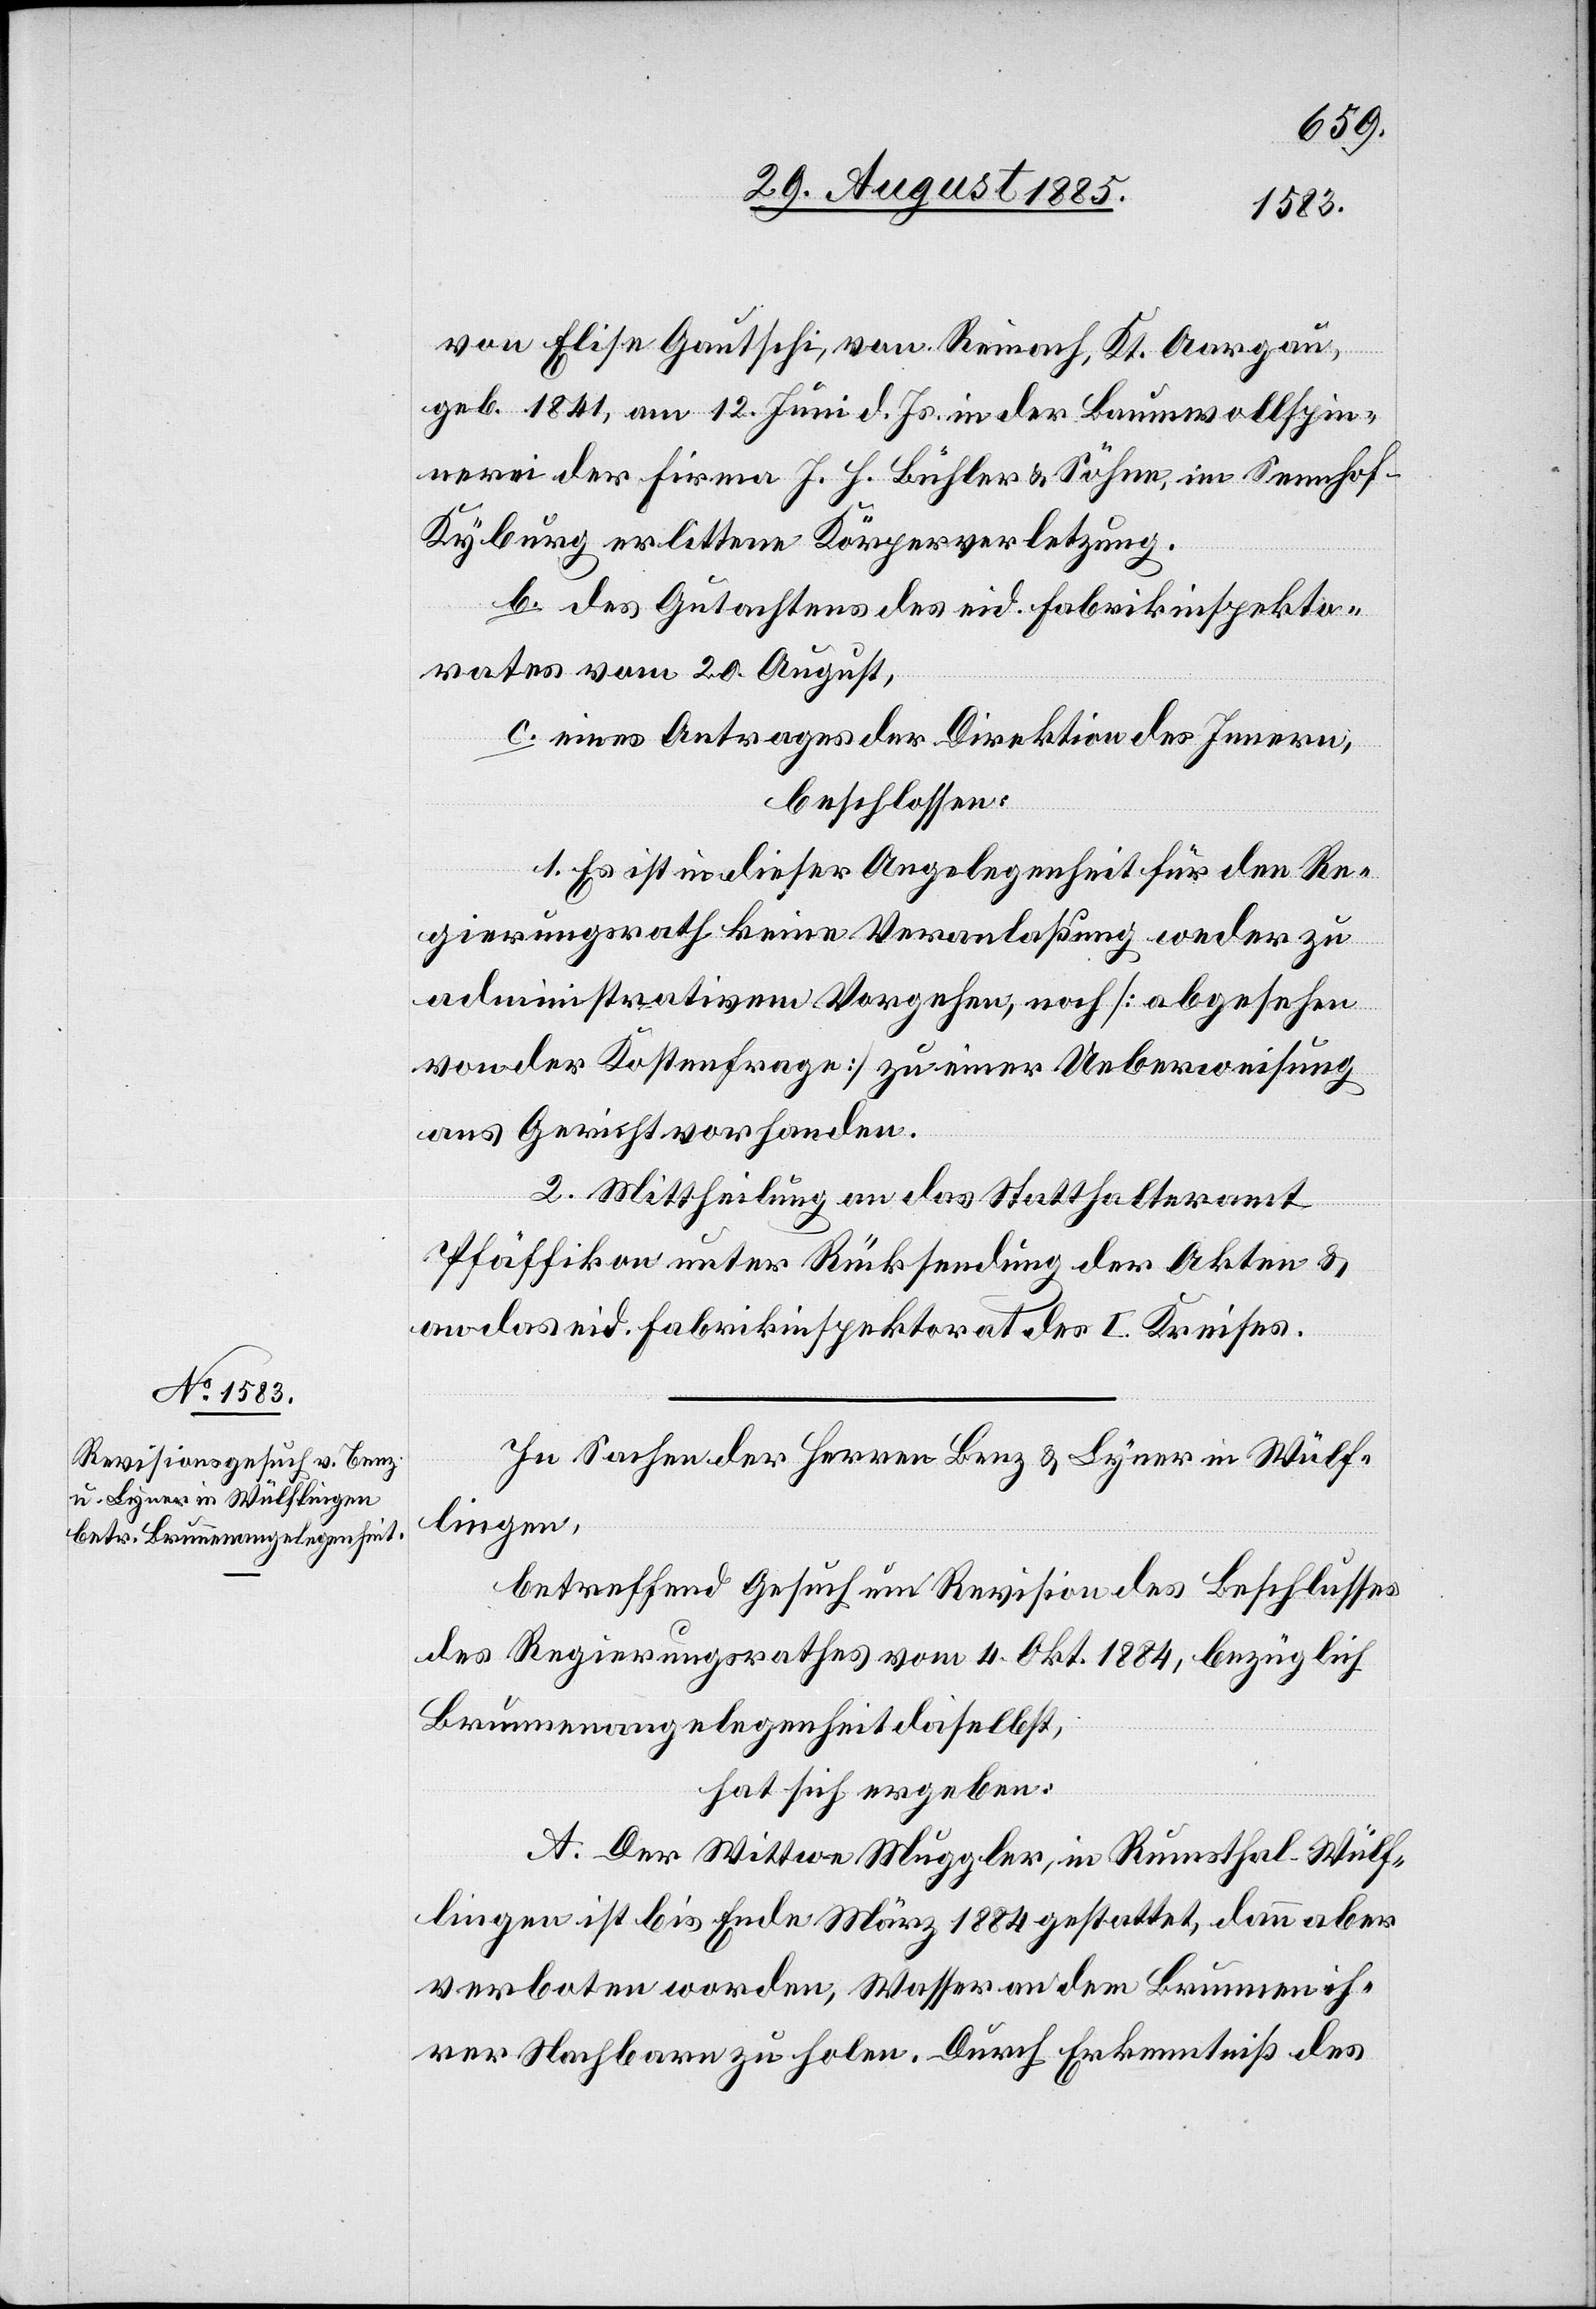
von Elise Gautschi, von Reinach, Kt. Aargau,
geb. 1841, am 12. Juni d. Js. in der Baumwollspin¬
nerei der Firma J. H. Bühler & Söhne, im Sennhof
Kyburg erlittene Körperverletzung.
b. des Gutachtens des eid. Fabrikinspekto¬
rates vom 20. August,
c. eines Antrages der Direktion des Innern,
beschlossen:
1. Es ist in dieser Angelegenheit für den Re¬
gierungsrath keine Veranlaßung weder zu
administrativem Vorgehen, noch [abgesehen
von der Kostenfrage] zu einer Ueberweisung
ans Gericht vorhanden.
2. Mittheilung an das Statthalteramt
Pfäffikon unter Rücksendung der Akten &
an das eid. Fabrikinspektorat des I. Kreises.
In Sachen der Herren Benz & Lyner in Wülf¬
lingen,
betreffend Gesuch um Revision des Beschlusses
des Regierungsrathes vom 4. Okt. 1884, bezüglich
Brunnenangelegenheit daselbst,
hat sich ergeben:
A. Der Wittwe Muggler, in Rumsthal - Wülf¬
lingen, ist bis Ende März 1884 gestattet, dann aber
verboten worden, Wasser an dem Brunnen ih¬
rer Nachbarn zu holen. Durch Erkenntniß des